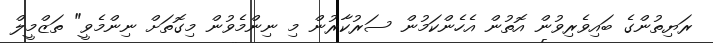
ރަޔިތުންގެ ބައިވެރިވުން އޮތުން އެހެންކަމުން ސަރުކާރުން މި ނިންމެވުން މިގޮތަށް ނިންމެވީ" ތަޒްމީލް